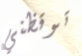
توقظني